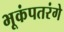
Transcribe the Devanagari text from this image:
भूकंपतरंगे